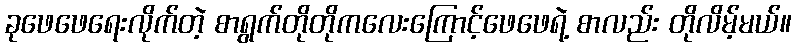
ခုဖေဖေရေးလိုက်တဲ့ စာရွက်တိုတိုကလေးကြောင့်ဖေဖေရဲ့ စာလည်း တိုလိမ့်မယ်။